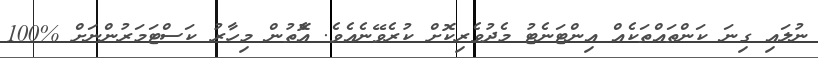
ނުލައި ގިނަ ކަންތައްތަކެއް އިންޓަނެޓު މެދުވެރިކޮށް ކުރެވޭނެއެވެ. އެޮތުން މިހާރު ކަސްޓަމަރުންނަށް %100